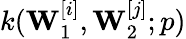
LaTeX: k(\mathbf{W}_{1}^{[i]},\mathbf{W}_{2}^{[j]};p)